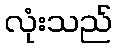
လုံးသည်